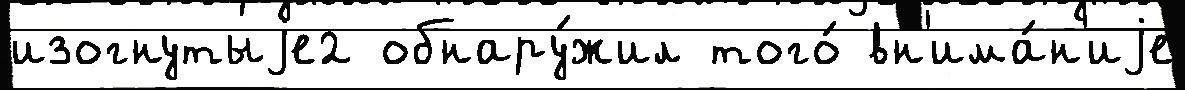
изогнутыjе2 обнару́жил того́ вн'има́н'иjе